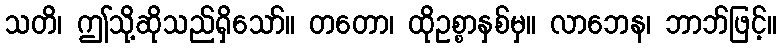
သတိ၊ ဤသို့ဆိုသည်ရှိသော်။ တတော၊ ထိုဥစ္စာနှစ်မှ။ လာဘေန၊ ဘာဘ်ဖြင့်။